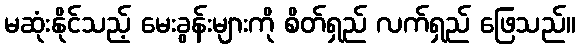
မဆုံးနိုင်သည့် မေးခွန်းများကို စိတ်ရှည် လက်ရှည် ဖြေသည်။